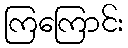
ကြကြောင်း